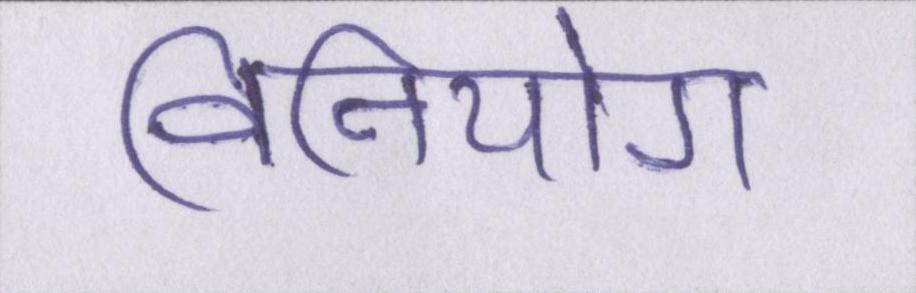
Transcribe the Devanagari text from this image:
विनियोग